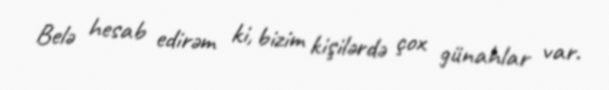
Belə hesab edirəm ki, bizim kişilərdə çox günahlar var.